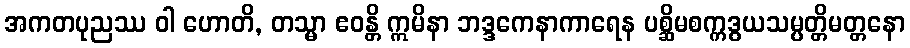
အကတပုညဿ ဝါ ဟောတိ, တသ္မာ ဧဝန္တိ ဣမိနာ ဘဒ္ဒကေနာကာရေန ပစ္ဆိမစက္ကဒွယသမ္ပတ္တိမတ္တနော